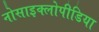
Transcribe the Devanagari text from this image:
नोसाइक्लोपीडिया